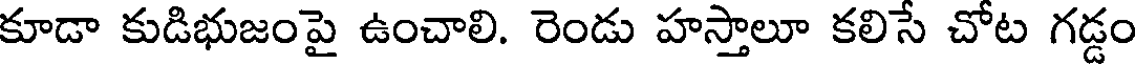
కూడా కుడిభుజంపై ఉంచాలి. రెండు హస్తాలూ కలిసే చోట గడ్డం